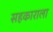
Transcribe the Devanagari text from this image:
सहकाराला